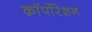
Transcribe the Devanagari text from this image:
क़ाॅर्पोरेशन